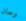
وحان